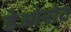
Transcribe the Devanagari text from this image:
डेओनोट